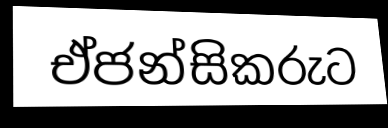
ඒජන්සිකරුට